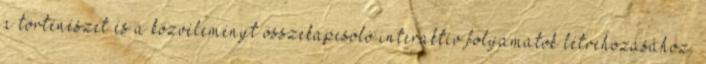
a történészet és a közvéleményt összekapcsoló interaktív folyamatok létrehozásához.